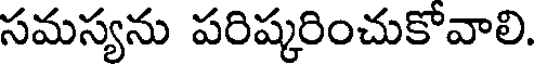
సమస్యను పరిష్కరించుకోవాలి.